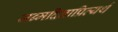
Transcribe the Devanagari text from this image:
जन्मदिनाप्रित्यर्थ